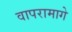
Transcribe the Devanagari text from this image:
वापरामागे